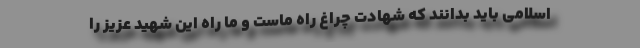
اسلامی باید بدانند که شهادت چراغ راه ماست و ما راه این شهید عزیز را